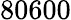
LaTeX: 80600